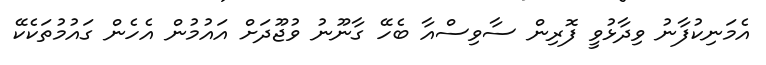
އެމަނިކުފާނު ވިދާޅުވީ ފޮރިން ސާވިސްއާ ބެހޭ ގާނޫނު ވުޖޫދަށް އައުމުން އެހެން ގައުމުތަކެކޭ